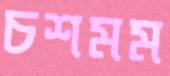
চশমম